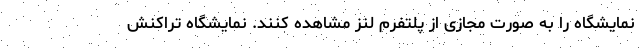
نمایشگاه را به صورت مجازی از پلتفرم لنز مشاهده کنند. نمایشگاه تراکنش